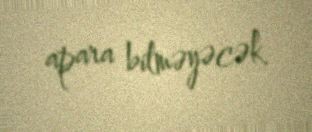
apara bilməyəcək.